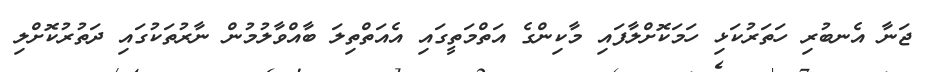
ޖަނާ އެނބުރި ހަތަރުކަޅި ހަމަކޮށްލާފައި މާކިންގެ އަތްމަތީގައި އެއަތްތިލަ ބާއްވާލުމުން ނާރުތަކުގައި ދަތުރުކޮށްލި